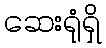
ဆေးရုံရှိ